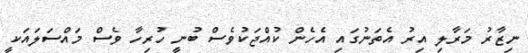
ނިޒާރު މަރާލި އިރު އެތަނުގައި އެހެން ކުއްޖަކުވެސް ބުނީ ހުރިހާ ވެސް މައްސަލައަކީ